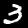
Label: 3